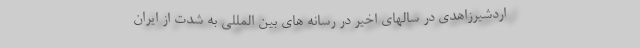
اردشيرزاهدي در سالهاي اخير در رسانه هاي بين المللي به شدت از ايران